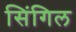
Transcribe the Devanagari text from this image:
सिंगिल